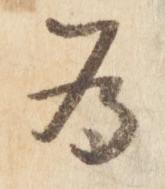
為